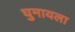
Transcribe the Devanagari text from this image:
घुमायला